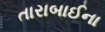
તારાબાઈના